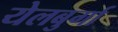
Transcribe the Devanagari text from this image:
येलबुर्गा